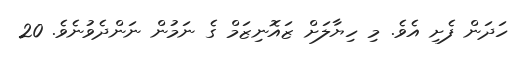
ހަދަން ފެށި އެވެ. މި ހިޔާލަށް ޒައޮނިޒަމް ގެ ނަމުން ނަންދެވުނެވެ. 20